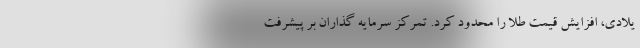
یلادی، افزایش قیمت طلا را محدود کرد. تمرکز سرمایه گذاران بر پیشرفت